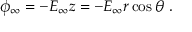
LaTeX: \phi _ { \infty } = - E _ { \infty } z = - E _ { \infty } r \cos \theta \ .